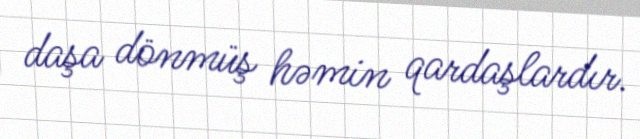
daşa dönmüş həmin qardaşlardır.